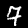
Digit: 7